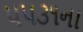
૫૫૩૧ના